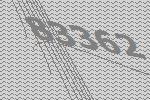
83362